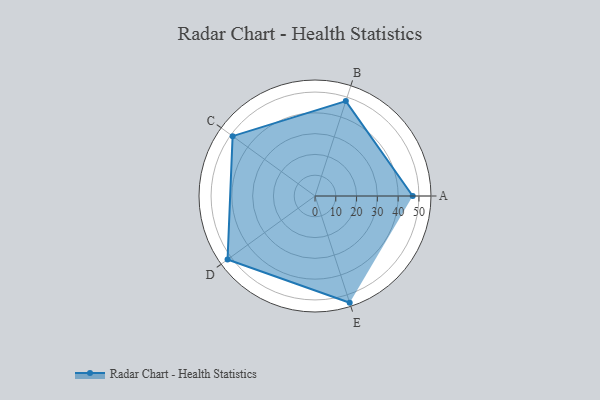
{"axis": {"x": "Skill", "y": "Score"}, "legend": ["Profile"], "data": [{"x": "A", "y": 47.0, "type": "Profile"}, {"x": "B", "y": 48.0, "type": "Profile"}, {"x": "C", "y": 49.0, "type": "Profile"}, {"x": "D", "y": 52.0, "type": "Profile"}, {"x": "E", "y": 54.0, "type": "Profile"}]}